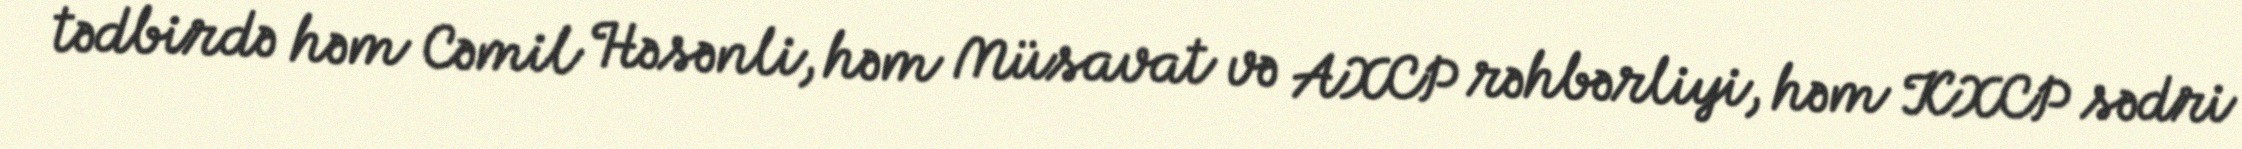
tədbirdə həm Cəmil Həsənli, həm Müsavat və AXCP rəhbərliyi, həm KXCP sədri